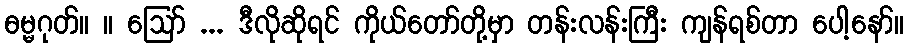
ဓမ္မဂုတ်။ ။ ဪ ... ဒီလိုဆိုရင် ကိုယ်တော်တို့မှာ တန်းလန်းကြီး ကျန်ရစ်တာ ပေါ့နော်။